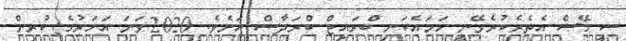
ސީ ގޭސް އެތެރެކުރެވޭނީ ހަމައެކަނި ބްރައިޓް ބްރަދާސް އަށެވެ. 2020ވަނަ އަހަރުގެ ކުރިން